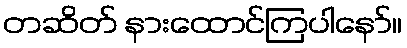
တဆိတ် နားထောင်ကြပါနော်။